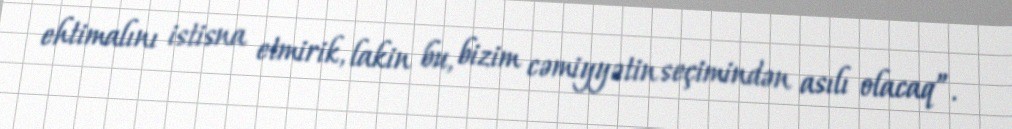
ehtimalını istisna etmirik, lakin bu, bizim cəmiyyətin seçimindən asılı olacaq”.